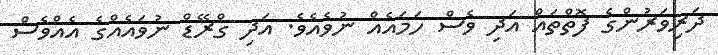
ދަރިވަރުންގެ ފޮތްތައް އަދި ވެސް ހަމައެއް ނުވެއެވެ. އަދި ގްރޭޑް ނުވައެއްގެ އެއްވެސް